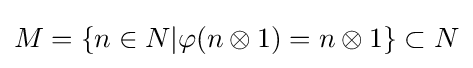
M=\{n\in N|\varphi (n\otimes 1)=n\otimes 1\}\subset N